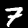
Label: 7